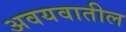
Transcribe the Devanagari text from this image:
अवयवातील